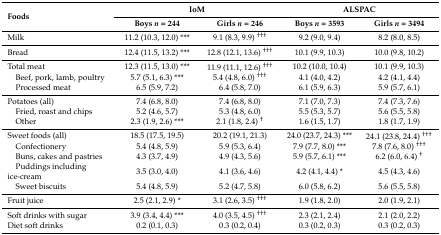
<table><thead><tr><td rowspan="2"><b>Foods</b></td><td colspan="2"><b>IoM</b></td><td colspan="2"><b>ALSPAC</b></td></tr><tr><td><b>Boys <i>n</i> = 244</b></td><td><b>Girls <i>n</i> = 246</b></td><td><b>Boys <i>n</i> = 3593</b></td><td><b>Girls <i>n</i> = 3494</b></td></tr></thead><tbody><tr><td>Milk</td><td>11.2 (10.3, 12.0) ***</td><td>9.1 (8.3, 9.9) <sup>†††</sup></td><td>9.2 (9.0, 9.4)</td><td>8.2 (8.0, 8.5)</td></tr><tr><td>Bread</td><td>12.4 (11.5, 13.2) ***</td><td>12.8 (12.1, 13.6) <sup>†††</sup></td><td>10.1 (9.9, 10.3)</td><td>10.0 (9.8, 10.2)</td></tr><tr><td>Total meat</td><td>12.3 (11.5, 13.0) ***</td><td>11.9 (11.1, 12.6) <sup>†††</sup></td><td>10.2 (10.0, 10.4)</td><td>10.1 (9.9, 10.3)</td></tr><tr><td> Beef, pork, lamb, poultry</td><td>5.7 (5.1, 6.3) ***</td><td>5.4 (4.8, 6.0) <sup>†††</sup></td><td>4.1 (4.0, 4.2)</td><td>4.2 (4.1, 4.4)</td></tr><tr><td> Processed meat</td><td>6.5 (5.9, 7.2)</td><td>6.4 (5.8, 7.0)</td><td>6.1 (5.9, 6.3)</td><td>5.9 (5.7, 6.1)</td></tr><tr><td>Potatoes (all)</td><td>7.4 (6.8, 8.0)</td><td>7.4 (6.8, 8.0)</td><td>7.1 (7.0, 7.3)</td><td>7.4 (7.3, 7.6)</td></tr><tr><td> Fried, roast and chips</td><td>5.2 (4.6, 5.7)</td><td>5.3 (4.8, 6.0)</td><td>5.5 (5.3, 5.7)</td><td>5.6 (5.5, 5.8)</td></tr><tr><td> Other</td><td>2.3 (1.9, 2.6) ***</td><td>2.1 (1.8, 2.4) <sup>†</sup></td><td>1.6 (1.5, 1.7)</td><td>1.8 (1.7, 1.9)</td></tr><tr><td>Sweet foods (all)</td><td>18.5 (17.5, 19.5)</td><td>20.2 (19.1, 21.3)</td><td>24.0 (23.7, 24.3) ***</td><td>24.1 (23.8, 24.4) <sup>†††</sup></td></tr><tr><td> Confectionery</td><td>5.4 (4.8, 5.9)</td><td>5.9 (5.3, 6.4)</td><td>7.9 (7.7, 8.0) ***</td><td>7.8 (7.6, 8.0) <sup>†††</sup></td></tr><tr><td> Buns, cakes and pastries</td><td>4.3 (3.7, 4.9)</td><td>4.9 (4.3, 5.6)</td><td>5.9 (5.7, 6.1) ***</td><td>6.2 (6.0, 6.4) <sup>†</sup></td></tr><tr><td> Puddings including ice-cream</td><td>3.5 (3.0, 4.0)</td><td>4.1 (3.6, 4.6)</td><td>4.2 (4.1, 4.4) *</td><td>4.5 (4.3, 4.6)</td></tr><tr><td> Sweet biscuits</td><td>5.4 (4.8, 5.9)</td><td>5.2 (4.7, 5.8)</td><td>6.0 (5.8, 6.2)</td><td>5.6 (5.5, 5.8)</td></tr><tr><td>Fruit juice</td><td>2.5 (2.1, 2.9) *</td><td>3.1 (2.6, 3.5) <sup>†††</sup></td><td>1.9 (1.8, 2.0)</td><td>2.0 (1.9, 2.1)</td></tr><tr><td>Soft drinks with sugar</td><td>3.9 (3.4, 4.4) ***</td><td>4.0 (3.5, 4.5) <sup>†††</sup></td><td>2.3 (2.1, 2.4)</td><td>2.1 (2.0, 2.2)</td></tr><tr><td>Diet soft drinks</td><td>0.2 (0.1, 0.3)</td><td>0.3 (0.2, 0.4)</td><td>0.3 (0.2, 0.3)</td><td>0.3 (0.2, 0.3)</td></tr></tbody></table>